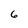
Character: 6